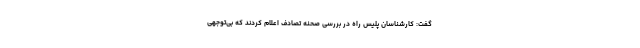
گفت: کارشناسان پلیس راه در بررسی صحنه تصادف اعلام کردند که بی‌توجهی